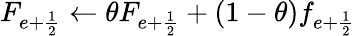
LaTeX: F_{{e+\frac{1}{2}}}\gets\theta F_{{e+\frac{1}{2}}}+(1-\theta)f_{{e+\frac{1}{2}}}